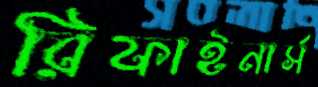
রিফাইনার্স